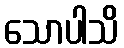
သောပါသိ